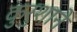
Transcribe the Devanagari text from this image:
कुरुशाने